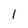
Character: 1